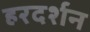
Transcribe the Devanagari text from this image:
हरदर्शन